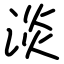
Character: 淡